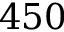
4 5 0